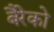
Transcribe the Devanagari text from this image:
बैरेको